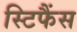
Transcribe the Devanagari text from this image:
स्टिफैंस